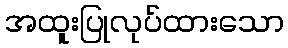
အထူးပြုလုပ်ထားသော